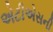
એટીએસની